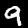
Digit: 9